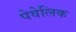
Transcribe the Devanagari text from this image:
पेवेलिक